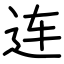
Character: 连